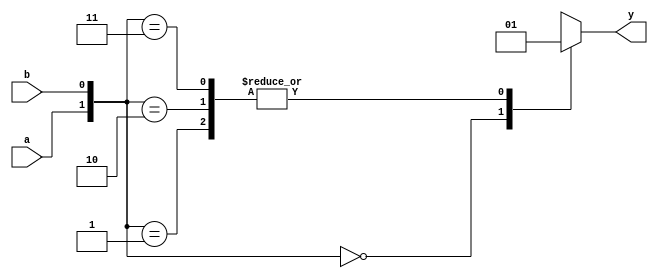
module orgate(a,b,y);
  
  input a,b;
  output reg y;
  
  always @ (a,b)
    begin
      case({a,b})
        2'b00: y=0;
        2'b01: y=1;
        2'b10: y=1;
        2'b11: y=1;        
      endcase
    end
  
endmodule